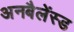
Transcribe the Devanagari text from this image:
अनबैलेंस्ड